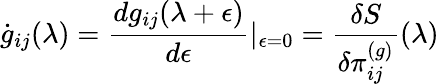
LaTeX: \dot{g}_{ij}(\lambda)=\frac{dg_{ij}(\lambda+\epsilon)}{d\epsilon}\vert_{\epsilon=0}=\frac{\delta S}{\delta\pi_{ij}^{(g)}}(\lambda)